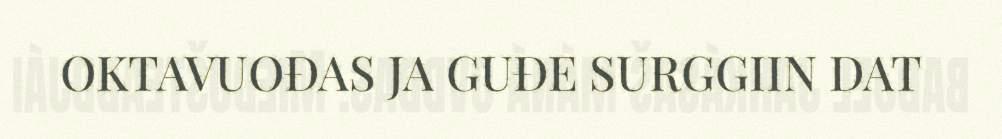
OKTAVUOĐAS JA GUĐE SURGGIIN DAT